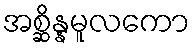
အစ္ဆိန္နမူလကော